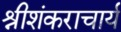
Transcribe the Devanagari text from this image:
श्रीशंकराचार्य